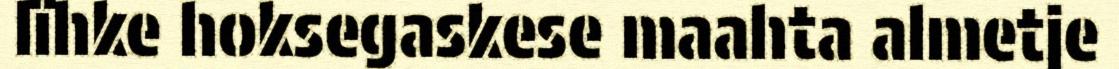
lïhke hoksegaskese maahta almetje